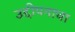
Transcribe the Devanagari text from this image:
उद्दीपनाचा